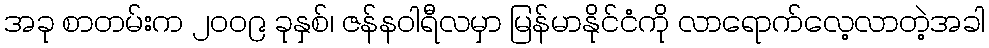
အခု စာတမ်းက ၂၀၀၉ ခုနှစ်၊ ဇန်နဝါရီလမှာ မြန်မာနိုင်ငံကို လာရောက်လေ့လာတဲ့အခါ